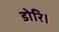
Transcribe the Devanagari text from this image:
डोरि।